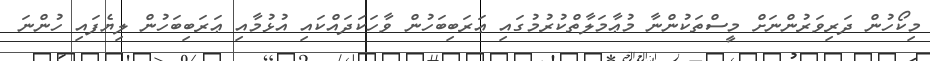
މިކޯހުން ދަރިވަރުންނަށް މީސްތަކުންނާ މުޢާމަލާތްކުރުމުގައި ޢަރަބިބަހުން ވާހަކަދައްކައި އުޅުމާއި ޢަރަބިބަހުން ލިޔެފައި ހުންނަ